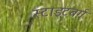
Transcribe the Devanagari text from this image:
स्टाइटबर्ग